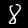
Label: 8